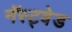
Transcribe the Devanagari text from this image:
नॅस्ट्वेड